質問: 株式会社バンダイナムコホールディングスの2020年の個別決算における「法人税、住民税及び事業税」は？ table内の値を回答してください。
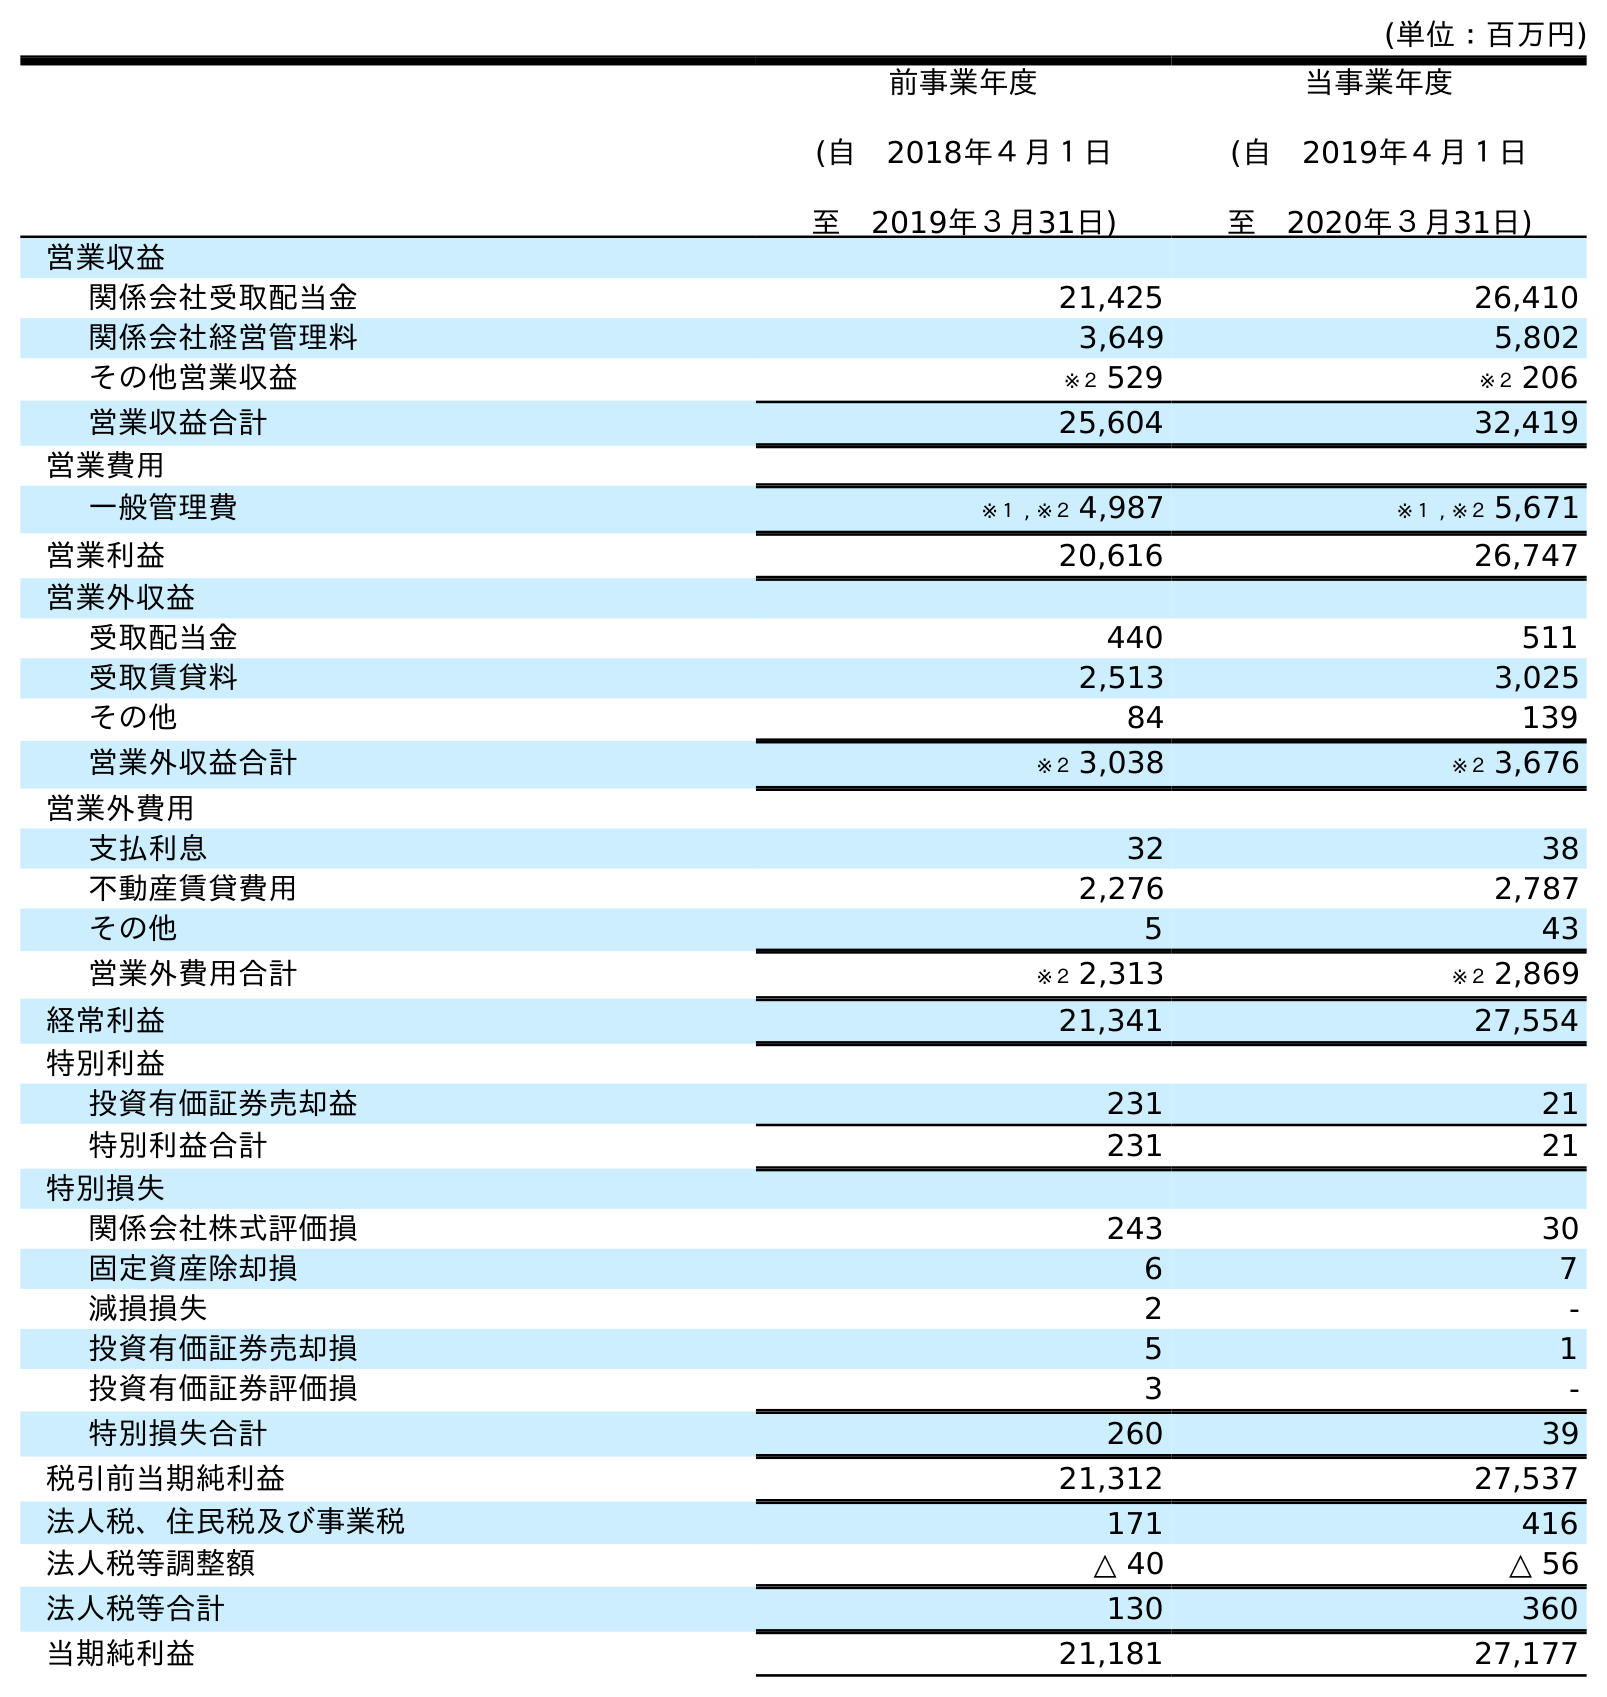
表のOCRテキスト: (単位：百万円) 前事業年度 (自 2018年４月１日 至 2019年３月31日) 当事業年度 (自 2019年４月１日 至 2020年３月31日) 営業収益 関係会社受取配当金 21,425 26,410 関係会社経営管理料 3,649 5,802 その他営業収益 ※２ 529 ※２ 206 営業収益合計 25,604 32,419 営業費用 一般管理費 ※１ , ※２ 4,987 ※１ , ※２ 5,671 営業利益 20,616 26,747 営業外収益 受取配当金 440 511 受取賃貸料 2,513 3,025 その他 84 139 営業外収益合計 ※２ 3,038 ※２ 3,676 営業外費用 支払利息 32 38 不動産賃貸費用 2,276 2,787 その他 5 43 営業外費用合計 ※２ 2,313 ※２ 2,869 経常利益 21,341 27,554 特別利益 投資有価証券売却益 231 21 特別利益合計 231 21 特別損失 関係会社株式評価損 243 30 固定資産除却損 6 7 減損損失 2 - 投資有価証券売却損 5 1 投資有価証券評価損 3 - 特別損失合計 260 39 税引前当期純利益 21,312 27,537 法人税、住民税及び事業税 171 416 法人税等調整額 △ 40 △ 56 法人税等合計 130 360 当期純利益 21,181 27,177
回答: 416